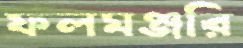
ফলমঞ্জরি